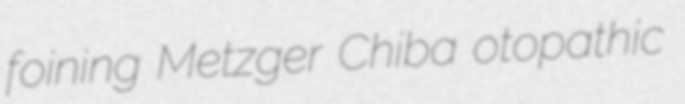
foining Metzger Chiba otopathic